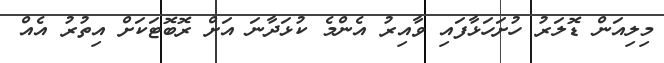
މިލިއަން ޑޮލަރު ހުށަހަޅާފައި ވާއިރު އެންމެ ކުޅަދާނަ އަށް ރޮބޮޓަކަށް އިތުރު އެއް